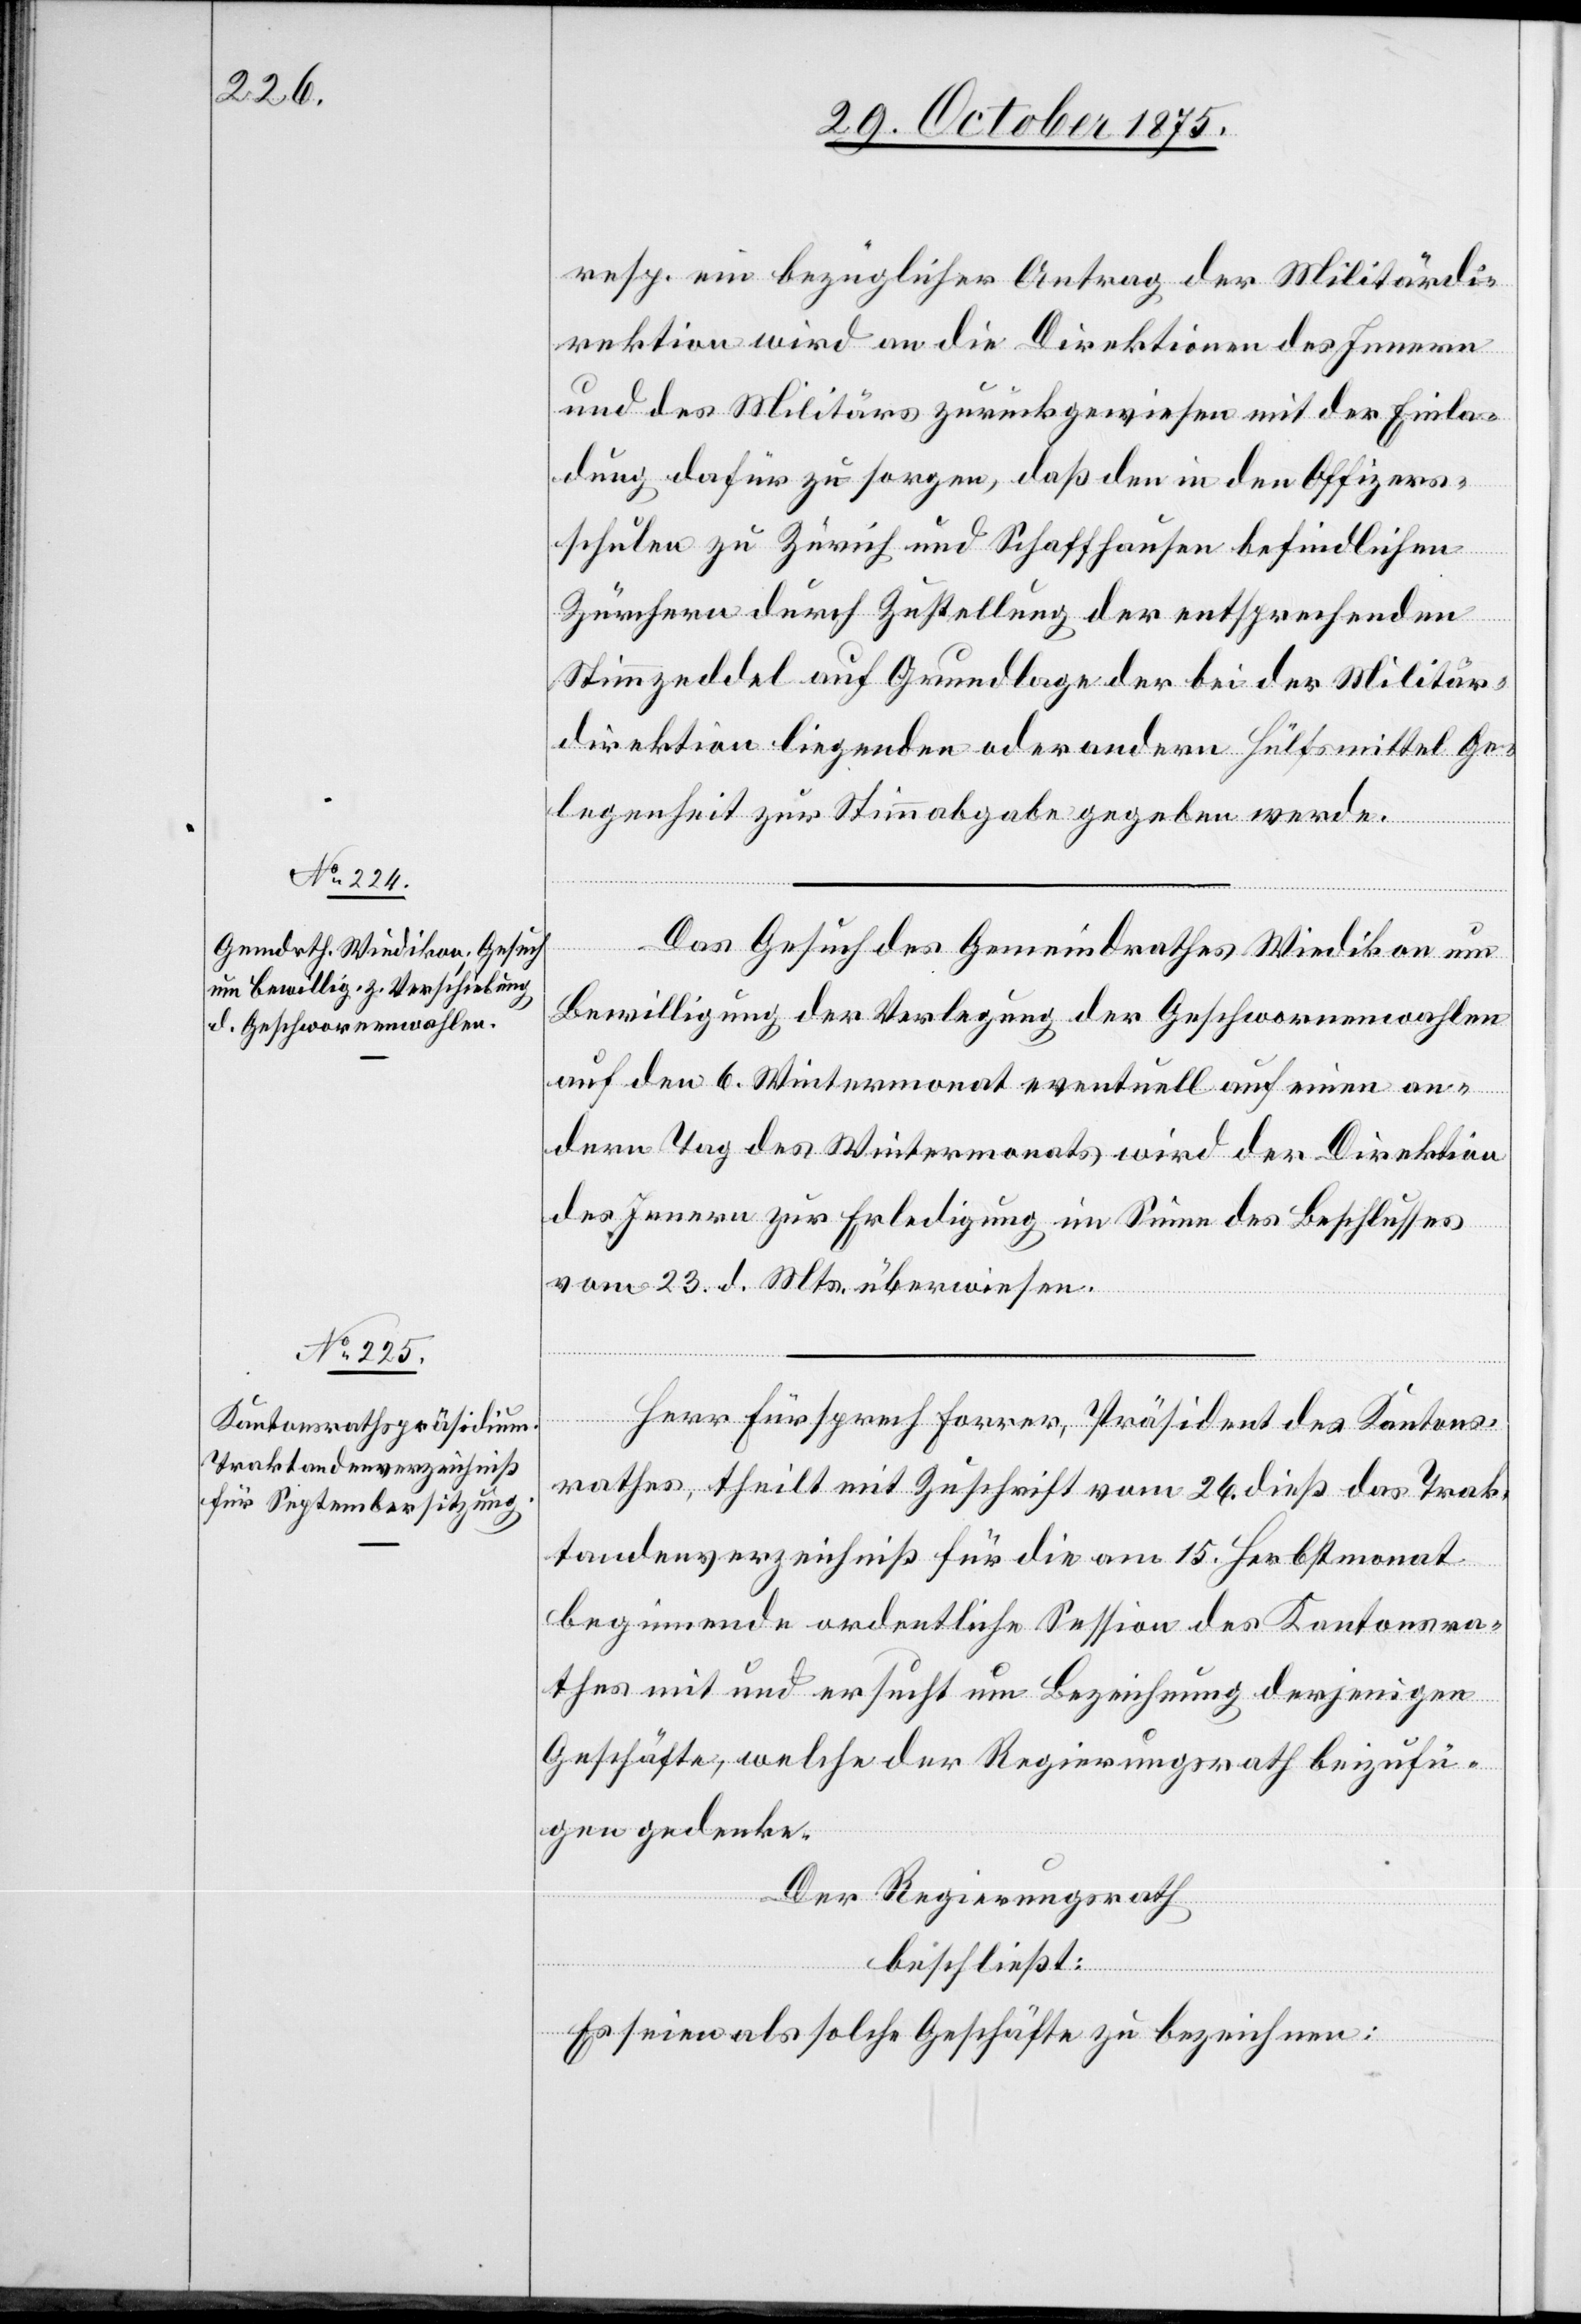
resp. ein bezüglicher Antrag der Militärdi¬
rektion wird an die Direktionen des Innern
und des Militärs zurückgewiesen mit der Einla¬
dung dafür zu sorgen, daß den in den Offiziers¬
schulen zu Zürich und Schaffhausen befindlichen
Zürchern durch Zustellung der entsprechenden
Stimmzeddel auf Grundlage der bei der Militär¬
direktion liegenden oder andern Hülfsmittel Ge¬
legenheit zur Stimmabgabe gegeben werde.
Das Gesuch des Gemeindrathes Wiedikon um
Bewilligung der Verlegung der Geschwornenwahlen
auf den 6. Wintermonat eventuell auf einen an¬
dern Tag des Wintermonats wird der Direktion
des Innern zur Erledigung im Sinne des Beschlusses
vom 23. d. Mts. überwiesen.
Herr Fürsprech Forrer, Präsident des Kantons¬
rathes, theilt mit Zuschrift vom 26. dieß das Trak¬
tandenverzeichniß für die am 15. Herbstmonat
beginnende ordentliche Session des Kantonsra¬
thes mit und ersucht um Bezeichnung derjenigen
Geschäfte, welche der Regierungsrath beizufü¬
gen gedenke.
Der Regierungsrath
beschließt:
Es seien als solche Geschäfte zu bezeichnen: